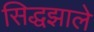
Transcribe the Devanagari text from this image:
सिद्धझाले